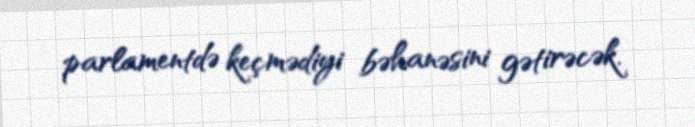
parlamentdə keçmədiyi bəhanəsini gətirəcək.